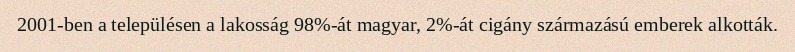
2001-ben a településen a lakosság 98%-át magyar, 2%-át cigány származású emberek alkották.